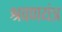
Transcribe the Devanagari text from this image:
श्रवणयंत्र